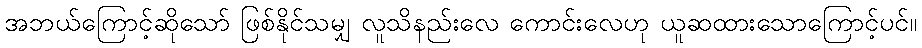
အဘယ်ကြောင့်ဆိုသော် ဖြစ်နိုင်သမျှ လူသိနည်းလေ ကောင်းလေဟု ယူဆထားသောကြောင့်ပင်။